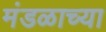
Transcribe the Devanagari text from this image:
मंडळाच्‍या